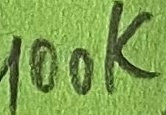
Text: 100K